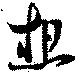
想